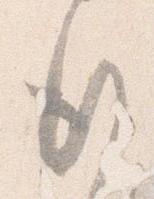
行